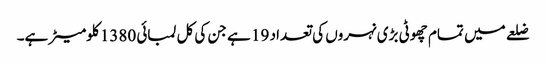
ضلعے میں تمام چھوٹی بڑی نہروں کی تعداد 19 ہے جن کی کل لمبائی 1380 کلومیٹر ہے۔